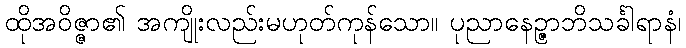
ထိုအဝိဇ္ဇာ၏ အကျိုးလည်းမဟုတ်ကုန်သော။ ပုညာနေဉ္ဇာဘိသင်္ခါရာနံ၊